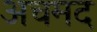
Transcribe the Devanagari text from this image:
अचमद